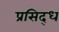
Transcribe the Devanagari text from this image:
प्रसिद्‍ध